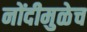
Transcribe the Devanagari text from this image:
नोंदीमुळेच